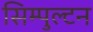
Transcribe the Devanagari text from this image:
सिम्पुल्टन